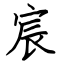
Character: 宸